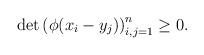
LaTeX: \begin{align*}\det\left(\phi(x_{i}-y_j)\right)^n_{i,j=1}\ge 0.\end{align*}